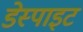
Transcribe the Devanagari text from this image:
डेस्पाइट